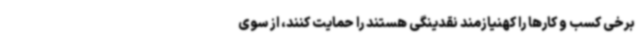
برخی کسب و کارها را کهنیازمند نقدینگی هستند را حمایت کنند، از سوی